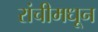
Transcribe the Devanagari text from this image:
रांचीमधून